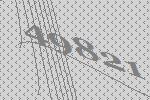
49821